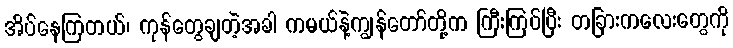
အိပ်နေကြတယ်၊ ကုန်တွေချတဲ့အခါ ကမယ်နဲ့ကျွန်တော်တို့က ကြီးကြပ်ပြီး တခြားကလေးတွေကို